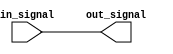
module io_buffer (
    input wire in_signal,
    output wire out_signal
);

// Input buffer
reg in_buffer;

always @(in_signal)
begin
    in_buffer <= in_signal;
end

// Output buffer
assign out_signal = in_buffer;

endmodule